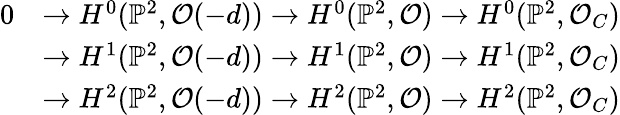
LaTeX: {\begin{array}{rl}{0}&{\to H^{0}(\mathbb{P}^{2},{\mathcal{O}}(-d))\to H^{0}(\mathbb{P}^{2},{\mathcal{O}})\to H^{0}(\mathbb{P}^{2},{\mathcal{O}}_{C})}\\ &{\to H^{1}(\mathbb{P}^{2},{\mathcal{O}}(-d))\to H^{1}(\mathbb{P}^{2},{\mathcal{O}})\to H^{1}(\mathbb{P}^{2},{\mathcal{O}}_{C})}\\ &{\to H^{2}(\mathbb{P}^{2},{\mathcal{O}}(-d))\to H^{2}(\mathbb{P}^{2},{\mathcal{O}})\to H^{2}(\mathbb{P}^{2},{\mathcal{O}}_{C})}\end{array}}